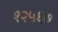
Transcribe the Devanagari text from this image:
१२५६७